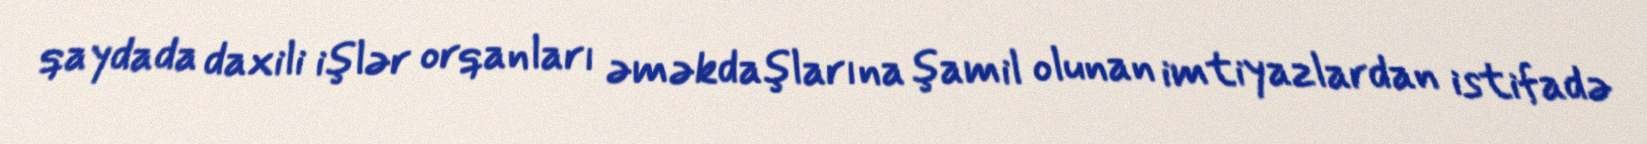
qaydada daxili işlər orqanları əməkdaşlarına şamil olunan imtiyazlardan istifadə